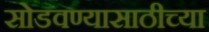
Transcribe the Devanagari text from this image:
सोडवण्यासाठीच्या